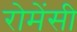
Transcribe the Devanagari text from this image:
रोमेंसी